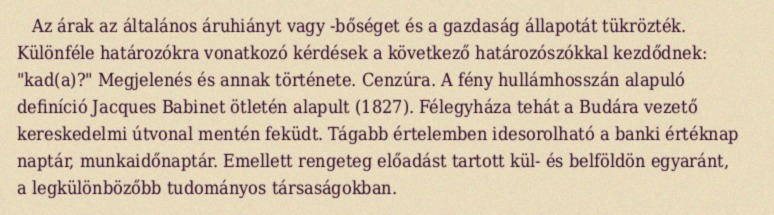
Az árak az általános áruhiányt vagy -bőséget és a gazdaság állapotát tükrözték. Különféle határozókra vonatkozó kérdések a következő határozószókkal kezdődnek: "kad(a)?" Megjelenés és annak története. Cenzúra. A fény hullámhosszán alapuló definíció Jacques Babinet ötletén alapult (1827). Félegyháza tehát a Budára vezető kereskedelmi útvonal mentén feküdt. Tágabb értelemben idesorolható a banki értéknap naptár, munkaidőnaptár. Emellett rengeteg előadást tartott kül- és belföldön egyaránt, a legkülönbözőbb tudományos társaságokban.